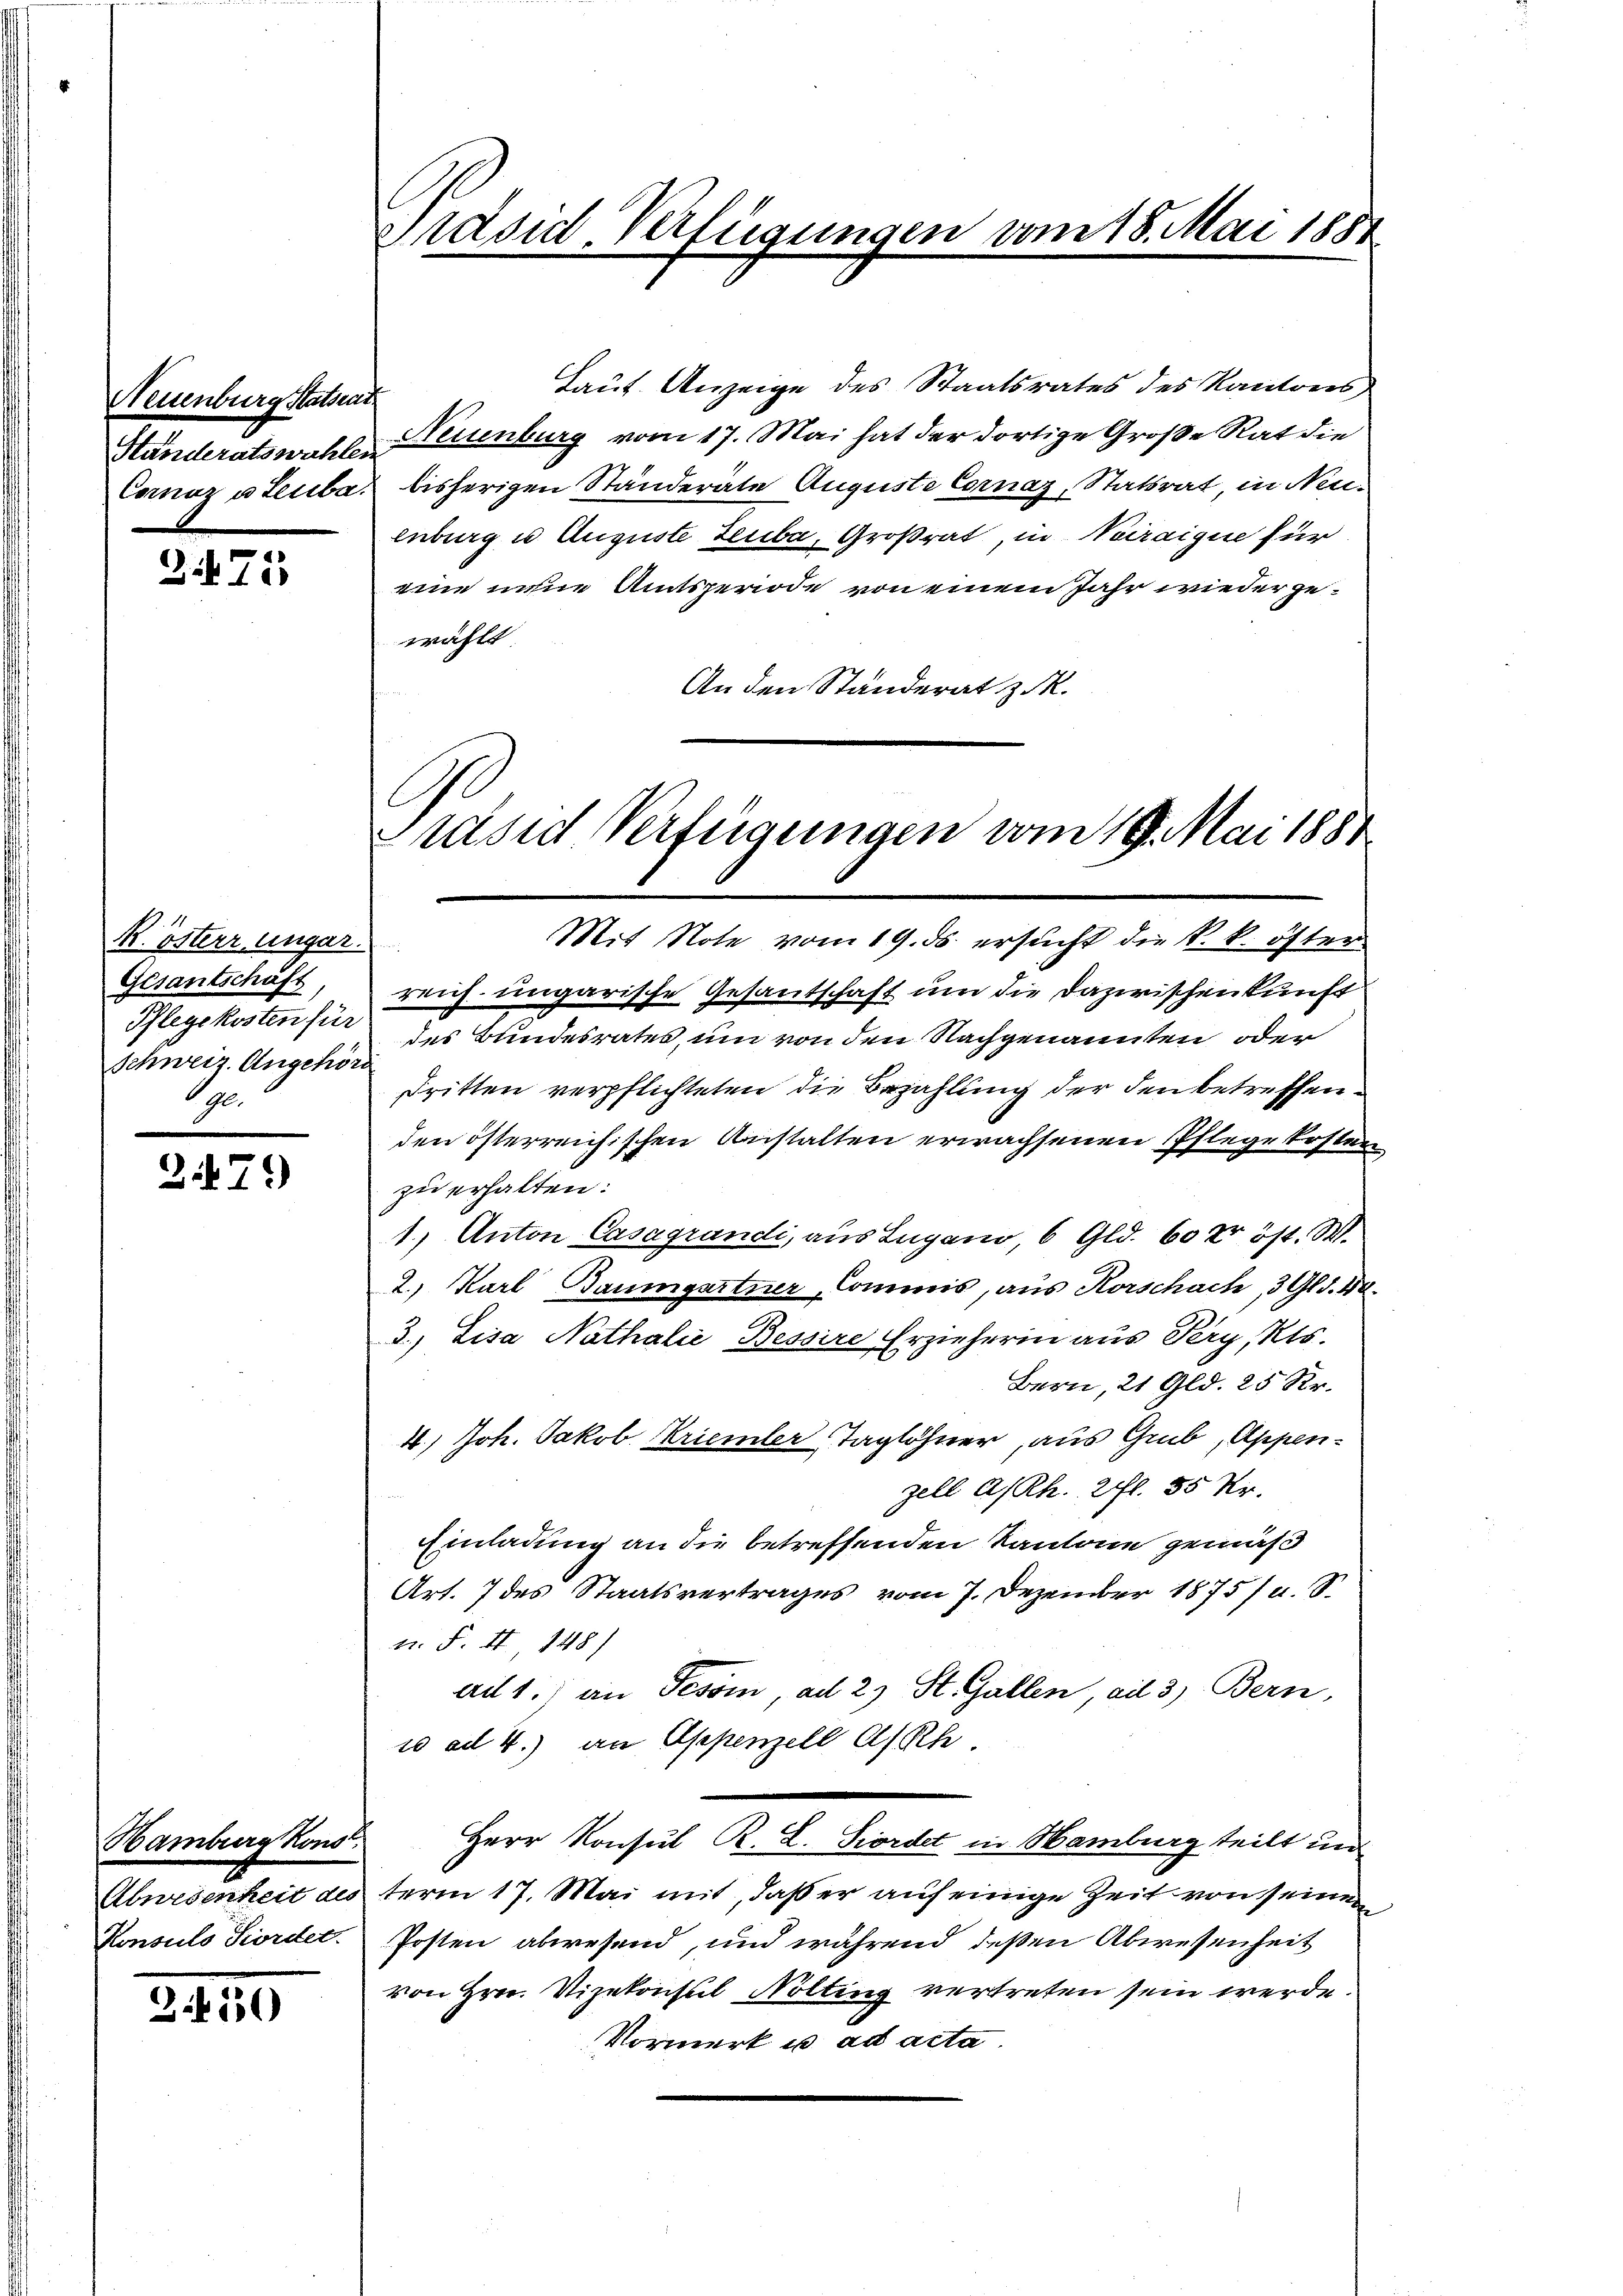
Neuenburg Ratsent
Handeratswahlen

2.471

R. österr ungar.
Gesantschäft
Schweiz. Angehörd
ge

247)

Konsuls Fordet.

3450

Präsid. Verfügungen vom 18. Mai 1888

Laut Anzeige des Staatsrates des Kantons
Neuenburg vom 17. Mai hat der dortige Große Rat die
Cornoz u Leibe bisherigen Ständeräte Auguste Cornaz, Statsrat, in Neuenburg u Auguste Leuba, Großrat, in Neraique für
eine nenne Amtsperiode von einem Jahr wieder gewählt
An den Ständerat z. R.
C
Präsid Verfügungen vom 19. Mai 1881

Mit Note vom 19. ds. ersucht die k. k. öfter

reich ungarische Gesandschaft um die Dazwischenkunft
Pflegekosten für der Bindesrates, um von den Nachgenannten oder
dritten verpflichteten die Bezahlung der den betreffenden österreichischen Anstalten erwachsenen Pflegekosten
zu erhalten:
1.) Anton Casagrandi, aus Lugano, 6 Gld. 60 Xr öst. W.
2) Karl Baumgartner, Commis, aus Horschach, 3 Gld. 10.
3.) Lisa Nathalie Bessire Erzieherin aus Pery, Kts.
Bern, 21 Gld. 25 Kr.
4.) Joh. Jakob Kriemler Taglöhner, aus Grub, Appen-
zell A/Rh. 2 fl. 55 Xr.
Einladung an die betreffenden Kantone gemäß
Art. 7 des Staatsvertrages vom 7. Dezember 1875, u. S.
n. F. II 148)
ail 1.) an Tessin, ad 2) St. Gallen, ail 3) Bern,
10 ad 4.) an Appenzell A/Rh.
Hamburg kons Herr Konsul R. L. Fordet in Hamburg teilt und
Abwesenheit desterm 17. Mai mit, daß er auf einige Zeit von seinem
Posten abwesend, und während deßen Abwesenheit
von Hrn. Vizekonsul Nölting vertreten sein werde.
Vormerk u. ad acta.